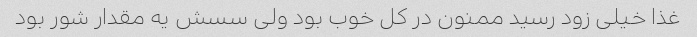
غذا خیلی زود رسید ممنون در کل خوب بود ولی سسش یه مقدار شور بود